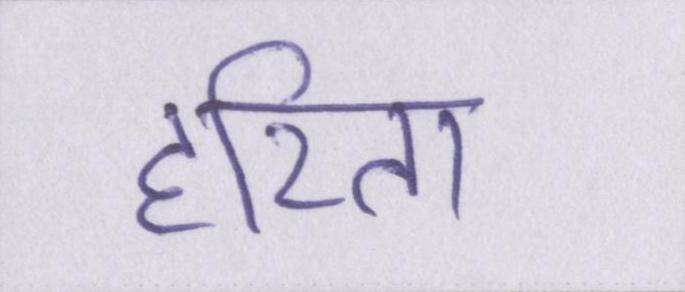
हरिता